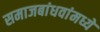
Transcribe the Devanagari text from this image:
समाजबांधवांमध्ये